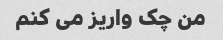
من چک واریز می کنم